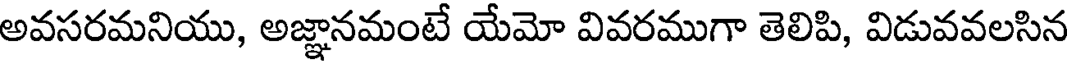
అవసరమనియు, అజ్ఞానమంటే యేమో వివరముగా తెలిపి, విడువవలసిన